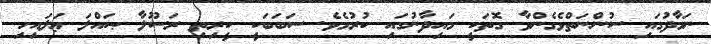
ނަމާދުގައި ސުންނަތްވެގެންވާ ގޮތަކީ މައިދާނުގައި ކުރުމެވެ. ސަބަބަކީ ކީރިތި ރަސޫލާ ޞައްލަ ޢަލައިހި